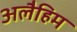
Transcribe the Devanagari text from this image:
अलैहिम